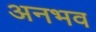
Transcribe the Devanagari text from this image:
अनभव